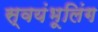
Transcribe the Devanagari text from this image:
स्वयंभूलिंग